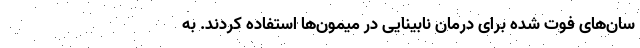
سان‌های فوت شده برای درمان نابینایی در میمون‌ها استفاده کردند. به